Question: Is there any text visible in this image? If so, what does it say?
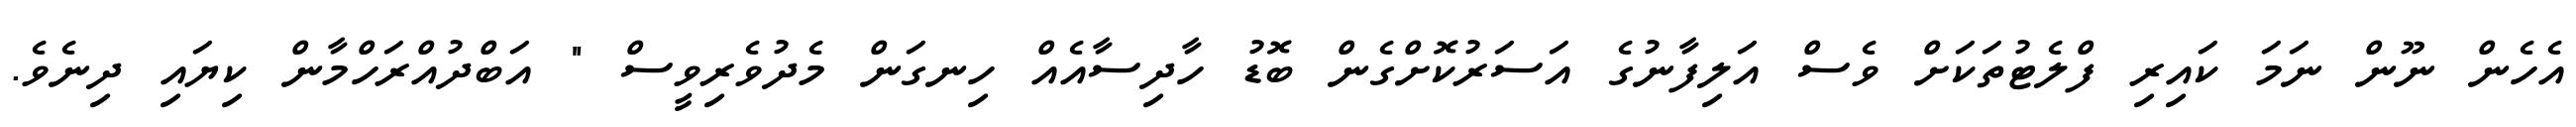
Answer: އެހެން ނޫން ނަމަ ކައިރި ފްލެޓުތަކަށް ވެސް އަލިފާނުގެ އަސަރުކޮށްގެން ބޮޑު ހާދިސާއެއް ހިނގަން މެދުވެރިވީސް " އަބްދުއްރަހްމާން ކިޔައި ދިނެވެ.